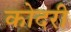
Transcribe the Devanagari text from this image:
कोदरी